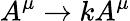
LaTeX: A^{\mu}\rightarrow kA^{\mu}